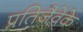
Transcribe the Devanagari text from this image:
प्रतिजैवेके